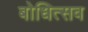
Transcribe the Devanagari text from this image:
बोधित्सव